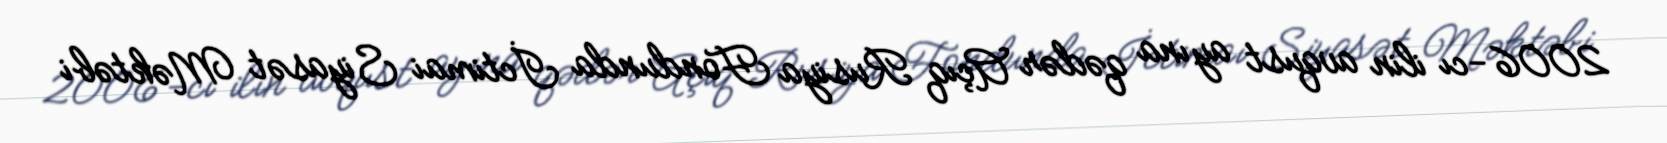
2006-cı ilin avqust ayına qədər Açıq Rusiya Fondunda İctimai Siyasət Məktəbi